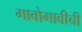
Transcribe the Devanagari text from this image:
गावोगावीची